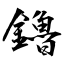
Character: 鑥